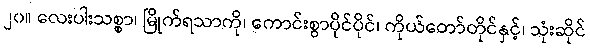
၂၀။ လေးပါးသစ္စာ၊ မြိုက်ရသာကို၊ ကောင်းစွာပိုင်ပိုင်၊ ကိုယ်တော်တိုင်နှင့်၊ သုံးဆိုင်